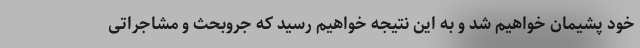
خود پشیمان خواهیم شد و به این نتیجه خواهیم رسید که جروبحث و مشاجراتی